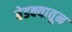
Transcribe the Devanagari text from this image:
बेडक्यातून